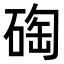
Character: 𥓮